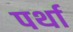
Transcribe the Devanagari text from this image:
पर्था